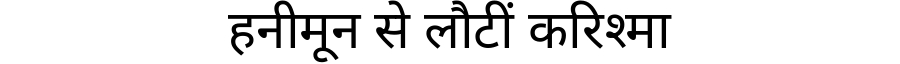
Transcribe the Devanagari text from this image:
हनीमून से लौटीं करिश्मा